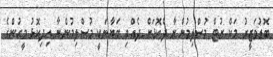
ބޮޑުވަޒީރު މަކް ރުޓް މުސްލިމުންނާ ދެކޮޅަށް ދެއްވި ބަޔާނަކީ މުސްލިމުންނާ އިދިކޮޅު މީހުންގެ